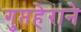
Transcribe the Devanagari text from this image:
गुप्तहेराने